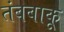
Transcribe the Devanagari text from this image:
तंबबाकू